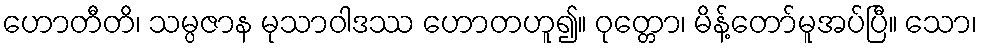
ဟောတီတိ၊ သမ္ပဇာန မုသာဝါဒဿ ဟောတဟူ၍။ ဝုတ္တော၊ မိန့်တော်မူအပ်ပြီ။ သော၊